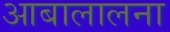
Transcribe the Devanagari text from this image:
आबालालना